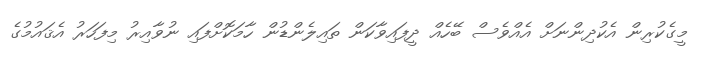
މީގެކުރިން އެކުދިންނަށް އެއްވެސް ބޭހެއް ދީފައިވާކަން ތައިލެންޑުން ހާމަކޮށްފައި ނުވާއިރު މިފަހަރު އެޤައުމުގެ